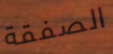
الصفقة